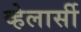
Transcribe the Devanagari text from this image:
व्हेलार्सी